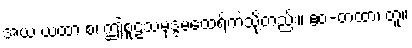
အယံ ယထာ စ၊ ဤစူဠသမုဒ္ဒမထေရ်ကဲ့သို့တည်း။ ဧဝံ-တထာ၊ တူ။